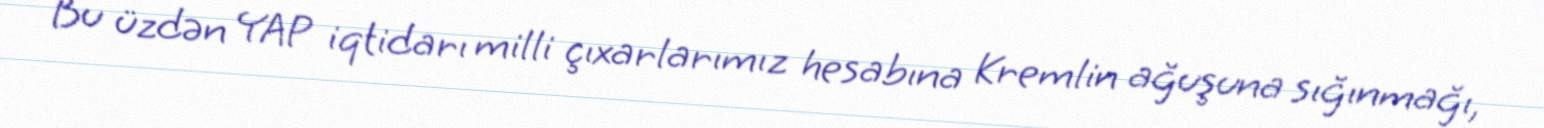
Bu üzdən YAP iqtidarı milli çıxarlarımız hesabına Kremlin ağuşuna sığınmağı,